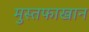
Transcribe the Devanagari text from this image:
मुस्तफाखान